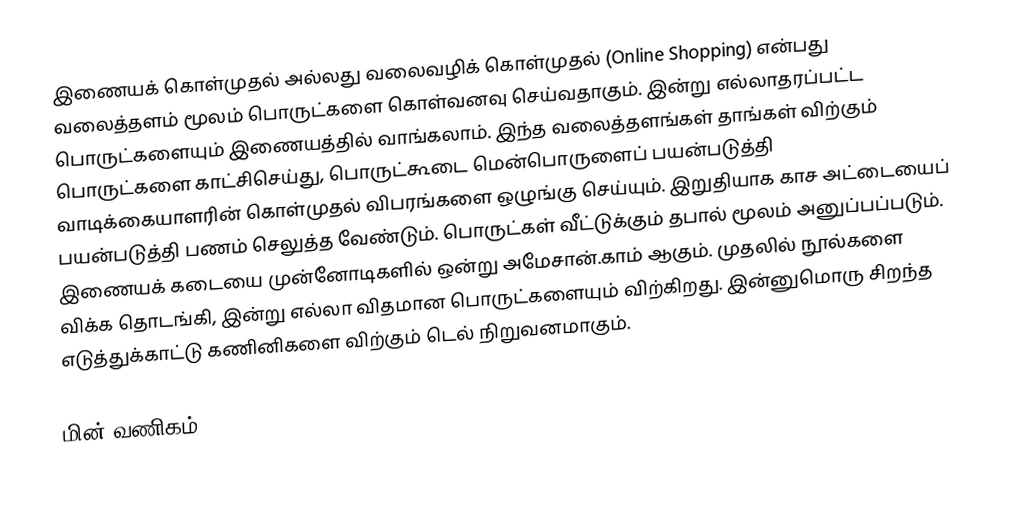
இணையக் கொள்முதல் அல்லது வலைவழிக் கொள்முதல் (Online Shopping) என்பது வலைத்தளம் மூலம் பொருட்களை கொள்வனவு செய்வதாகும். இன்று எல்லாதரப்பட்ட பொருட்களையும் இணையத்தில் வாங்கலாம். இந்த வலைத்தளங்கள் தாங்கள் விற்கும் பொருட்களை காட்சிசெய்து, பொருட்கூடை மென்பொருளைப் பயன்படுத்தி வாடிக்கையாளரின் கொள்முதல் விபரங்களை ஒழுங்கு செய்யும். இறுதியாக காச அட்டையைப் பயன்படுத்தி பணம் செலுத்த வேண்டும். பொருட்கள் வீட்டுக்கும் தபால் மூலம் அனுப்பப்படும்.  இணையக் கடையை முன்னோடிகளில் ஒன்று அமேசான்.காம் ஆகும். முதலில் நூல்களை விக்க தொடங்கி, இன்று எல்லா விதமான பொருட்களையும் விற்கிறது. இன்னுமொரு சிறந்த எடுத்துக்காட்டு கணினிகளை விற்கும் டெல் நிறுவனமாகும்.

மின் வணிகம்